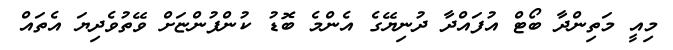
މިއީ މަތިންދާ ބޯޓް އުފައްދާ ދުނިޔޭގެ އެންމެ ބޮޑު ކުންފުންޏަށް ވޭތުވެދިޔަ އެތައް